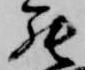
罷